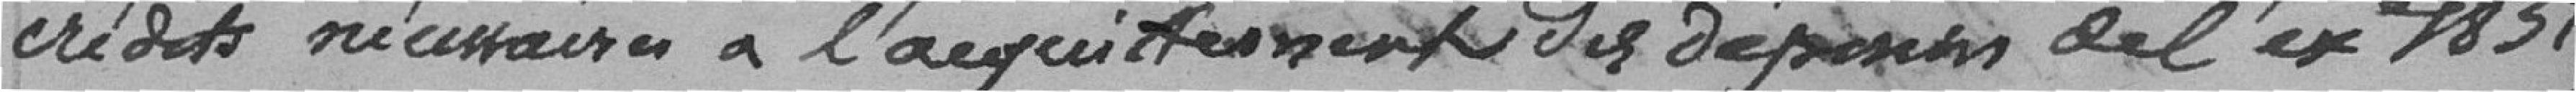
crédits nécessaires à l'acquittement des dépenses de l'exercice 1851